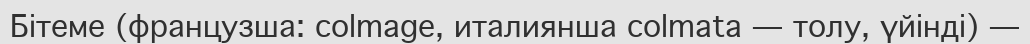
Бітеме (французша: colmage, италиянша colmata — толу, үйінді) —